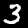
Digit: 3